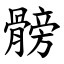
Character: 髈